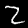
Digit: 2